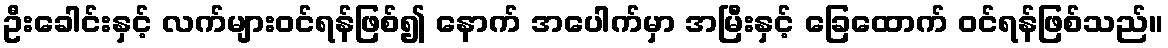
ဦးခေါင်းနှင့် လက်များဝင်ရန်ဖြစ်၍ နောက် အပေါက်မှာ အမြီးနှင့် ခြေထောက် ဝင်ရန်ဖြစ်သည်။